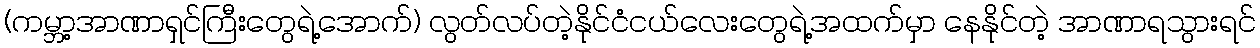
(ကမ္ဘာ့အာဏာရှင်ကြီးတွေရဲ့အောက်) လွတ်လပ်တဲ့နိုင်ငံငယ်လေးတွေရဲ့အထက်မှာ နေနိုင်တဲ့ အာဏာရသွားရင်